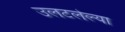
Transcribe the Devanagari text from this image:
उलटलेल्या